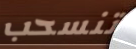
تنسحب